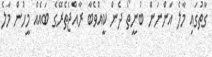
ގާތުގައި މާލެ އަންނަން ބުނީތޯ ދެން ކީއްވެބާ ރާއްޖެތެރޭގެ ބައެއް މީހުން މާލެ